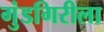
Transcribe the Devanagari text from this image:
गुंडगिरीला